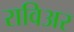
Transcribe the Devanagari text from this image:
राविअर